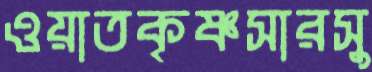
ওয়াতকৃষ্ণসারসু